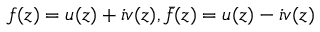
f ( z ) = u ( z ) + i v ( z ) , \bar { f } ( z ) = u ( z ) - i v ( z )